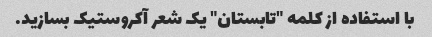
با استفاده از کلمه "تابستان" یک شعر آکروستیک بسازید.